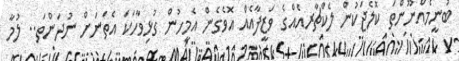
ބުނީމެއްނޫންތަ ކޮލެޖަކުން ލެކްޗާރއެއްގެ ވަޒީފާއެއް އޮވެގެން އެމީހުން ގުޅިވާހަކަ އެތަނަށް ނުދަންތަ.. ލުމާ